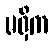
မရှိက